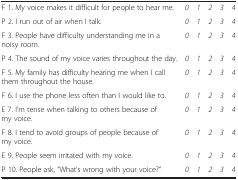
<table><thead><tr><td colspan="6"><b> </b></td></tr></thead><tbody><tr><td>F 1. My voice makes it difficult for people to hear me.</td><td><i>0</i></td><td><i>1</i></td><td><i>2</i></td><td><i>3</i></td><td><i>4</i></td></tr><tr><td>P 2. I run out of air when I talk.</td><td><i>0</i></td><td><i>1</i></td><td><i>2</i></td><td><i>3</i></td><td><i>4</i></td></tr><tr><td>F 3. People have difficulty understanding me in a noisy room.</td><td><i>0</i></td><td><i>1</i></td><td><i>2</i></td><td><i>3</i></td><td><i>4</i></td></tr><tr><td>P 4. The sound of my voice varies throughout the day.</td><td><i>0</i></td><td><i>1</i></td><td><i>2</i></td><td><i>3</i></td><td><i>4</i></td></tr><tr><td>F 5. My family has difficulty hearing me when I call them throughout the house.</td><td><i>0</i></td><td><i>1</i></td><td><i>2</i></td><td><i>3</i></td><td><i>4</i></td></tr><tr><td>F 6. I use the phone less often than I would like to.</td><td><i>0</i></td><td><i>1</i></td><td><i>2</i></td><td><i>3</i></td><td><i>4</i></td></tr><tr><td>E 7. I’m tense when talking to others because of my voice.</td><td><i>0</i></td><td><i>1</i></td><td><i>2</i></td><td><i>3</i></td><td><i>4</i></td></tr><tr><td>F 8. I tend to avoid groups of people because of my voice.</td><td><i>0</i></td><td><i>1</i></td><td><i>2</i></td><td><i>3</i></td><td><i>4</i></td></tr><tr><td>E 9. People seem irritated with my voice.</td><td><i>0</i></td><td><i>1</i></td><td><i>2</i></td><td><i>3</i></td><td><i>4</i></td></tr><tr><td>P 10. People ask, “What’s wrong with your voice?”</td><td><i>0</i></td><td><i>1</i></td><td><i>2</i></td><td><i>3</i></td><td><i>4</i></td></tr></tbody></table>